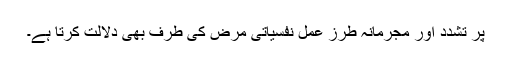
پر تشدد اور مجرمانہ طرزِ عمل نفسیاتی مرض کی طرف بھی دلالت کرتا ہے۔